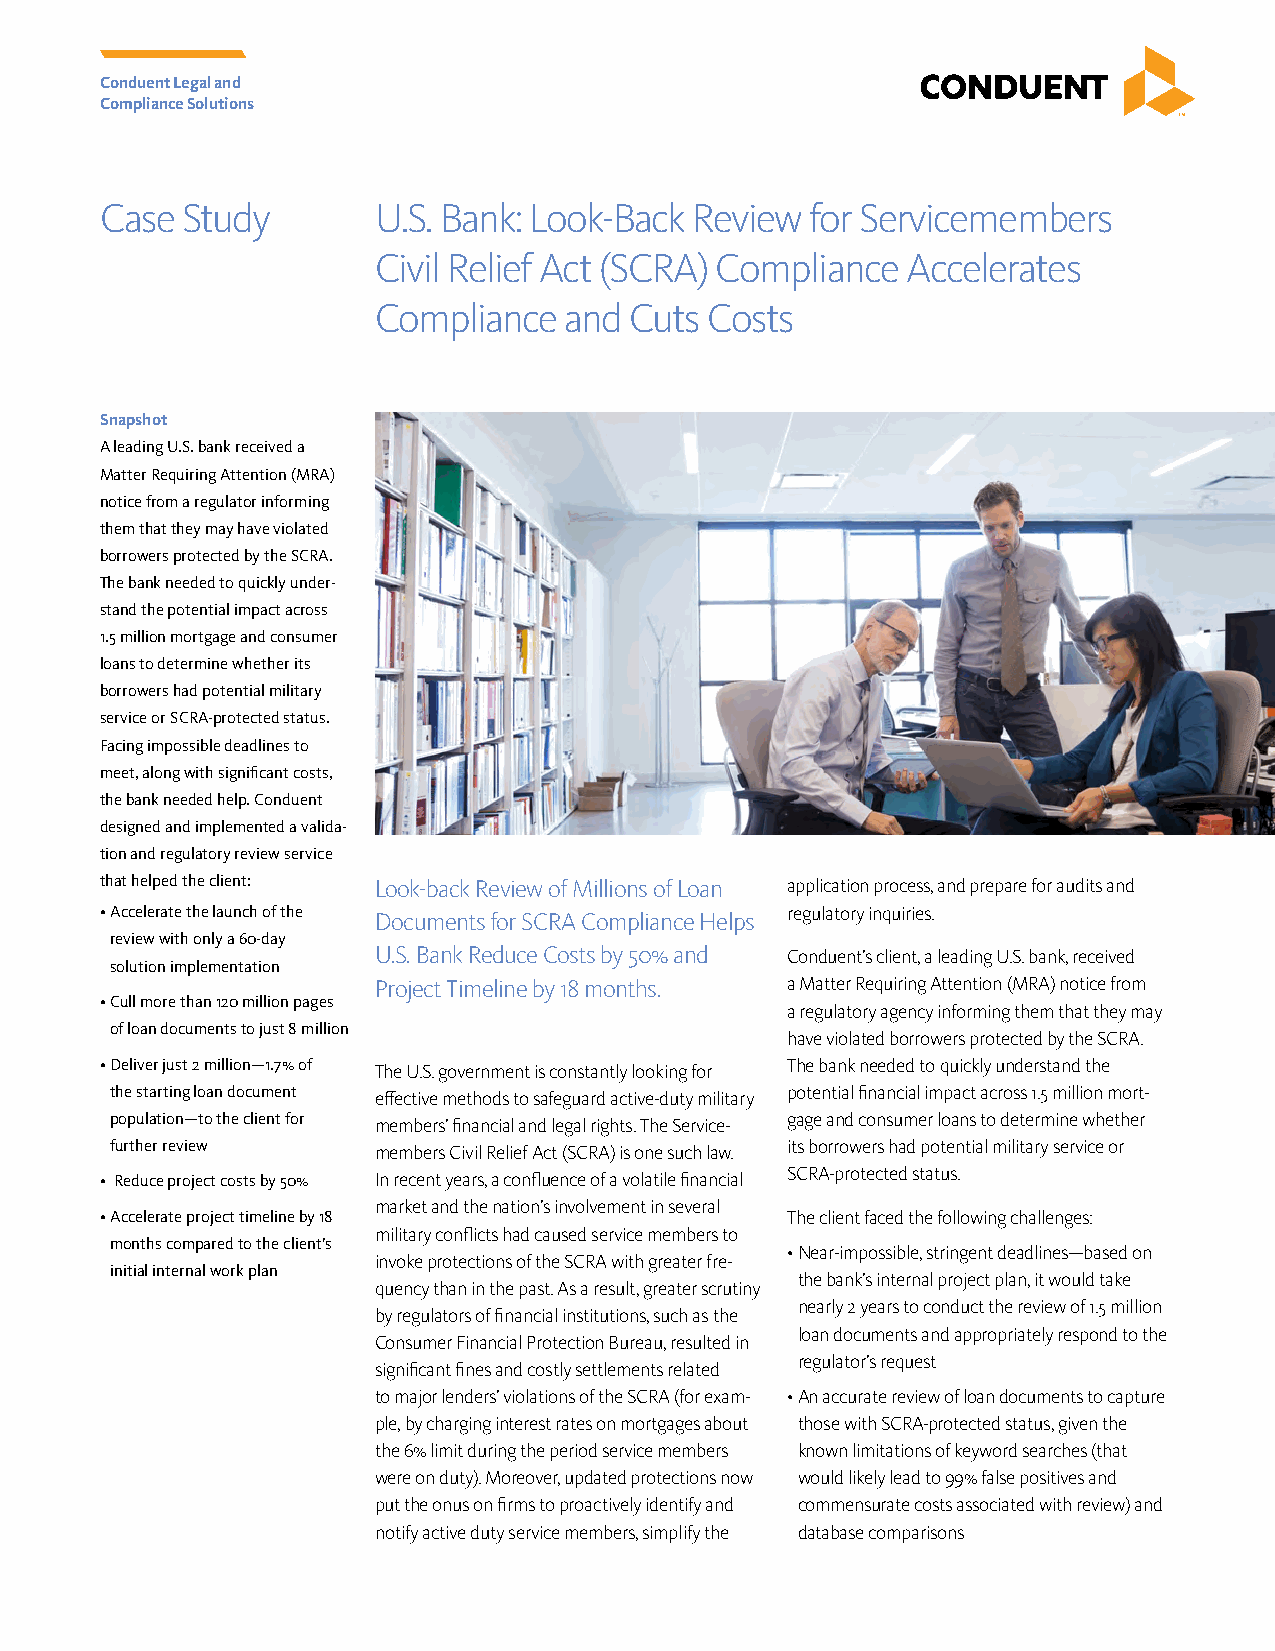
Conduent Legal and
 Compliance Solutions
 Case Study        U.S. Bank: Look-Back Review  for Servicemembers
 Civil Relief Act (SCRA) Compliance Accelerates
 Compliance  and  Cuts Costs
 Snapshot
 A leading U.S. bank received a
 Matter Requiring Attention (MRA)
 notice from a regulator informing
 them that they may have violated
 borrowers protected by the SCRA.
 The bank needed to quickly under-
 stand the potential impact across
 1.5 million mortgage and consumer
 loans to determine whether its
 borrowers had potential military
 service or SCRA-protected status.
 Facing impossible deadlines to
 meet, along with significant costs,
 the bank needed help. Conduent
 designed and implemented a valida-
 tion and regulatory review service
 that helped the client: Look-back Review of Millions of Loan application process, and prepare for audits and
 • Accelerate the launch of the               regulatory inquiries.
 Documents for SCRA Compliance Helps
 review with only a 60-day
 U.S. Bank Reduce Costs by 50% and Conduent’s client, a leading U.S. bank, received
 solution implementation
 Project Timeline by 18 months. a Matter Requiring Attention (MRA) notice from
 • Cull more than 120 million pages
 a regulatory agency informing them that they may
 of loan documents to just 8 million
 have violated borrowers protected by the SCRA.
 • Deliver just 2 million—1.7% of The U.S. government is constantly looking for The bank needed to quickly understand the
 the starting loan document effective methods to safeguard active-duty military potential financial impact across 1.5 million mort-
 population—to the client for members’ financial and legal rights. The Service- gage and consumer loans to determine whether
 further review    members Civil Relief Act (SCRA) is one such law. its borrowers had potential military service or
 • Reduce project costs by 50% In recent years, a confluence of a volatile financial SCRA-protected status.
 market and the nation’s involvement in several
 • Accelerate project timeline by 18          The client faced the following challenges:
 military conflicts had caused service members to
 months compared to the client’s
 • Near-impossible, stringent deadlines—based on
 invoke protections of the SCRA with greater fre-
 initial internal work plan
 the bank’s internal project plan, it would take
 quency than in the past. As a result, greater scrutiny
 nearly 2 years to conduct the review of 1.5 million
 by regulators of financial institutions, such as the
 loan documents and appropriately respond to the
 Consumer Financial Protection Bureau, resulted in
 regulator’s request
 significant fines and costly settlements related
 to major lenders’ violations of the SCRA (for exam- • An accurate review of loan documents to capture
 ple, by charging interest rates on mortgages about those with SCRA-protected status, given the
 the 6% limit during the period service members known limitations of keyword searches (that
 were on duty). Moreover, updated protections now would likely lead to 99% false positives and
 put the onus on firms to proactively identify and commensurate costs associated with review) and
 notify active duty service members, simplify the database comparisons